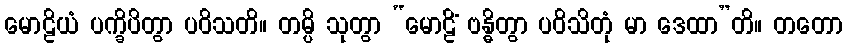
မောဠိယံ ပက္ခိပိတွာ ပဝိသတိ။ တမ္ပိ သုတွာ “မောဠိံ ဗန္ဓိတွာ ပဝိသိတုံ မာ ဒေထာ”တိ။ တတော